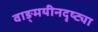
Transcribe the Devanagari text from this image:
वाङ्‌मयीनदृष्ट्या